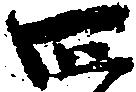
四